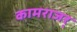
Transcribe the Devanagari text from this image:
कामराजर्